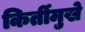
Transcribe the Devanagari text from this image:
किर्तीमुखे